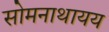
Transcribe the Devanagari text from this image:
सोमनाथायय